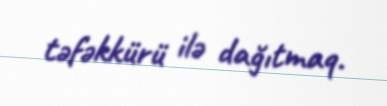
təfəkkürü ilə dağıtmaq.